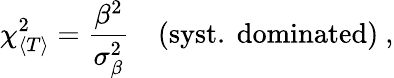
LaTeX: \chi_{\langle T\rangle}^{2}=\frac{\beta^{2}}{\sigma_{\beta}^{2}}\quad{(\mathrm{syst.\ dominated)}}\ ,